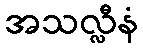
အသလ္လီနံ